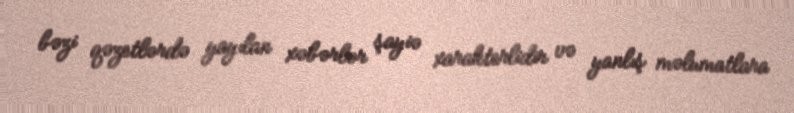
bəzi qəzetlərdə yayılan xəbərlər şayiə xarakterlidir və yanlış məlumatlara